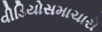
વીડિયોસમાચારો